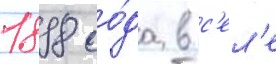
1898 го́да в с'ел'е